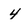
Character: 4